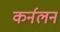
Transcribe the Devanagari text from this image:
कर्नलन